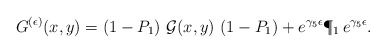
\begin{align*}G^{(\epsilon)}(x,y)=(1-P_1 )\ {\cal G}(x,y)\ (1-P_1 )+e^{\gamma_{5} \epsilon }\P_1\, e^{\gamma_{5} \epsilon }.\end{align*}